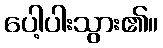
ပေါ့ပါးသွား၏။